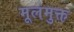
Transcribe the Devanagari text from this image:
मूलमुक्त